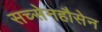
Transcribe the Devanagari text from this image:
सच्सेनहौसेन